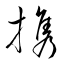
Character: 携